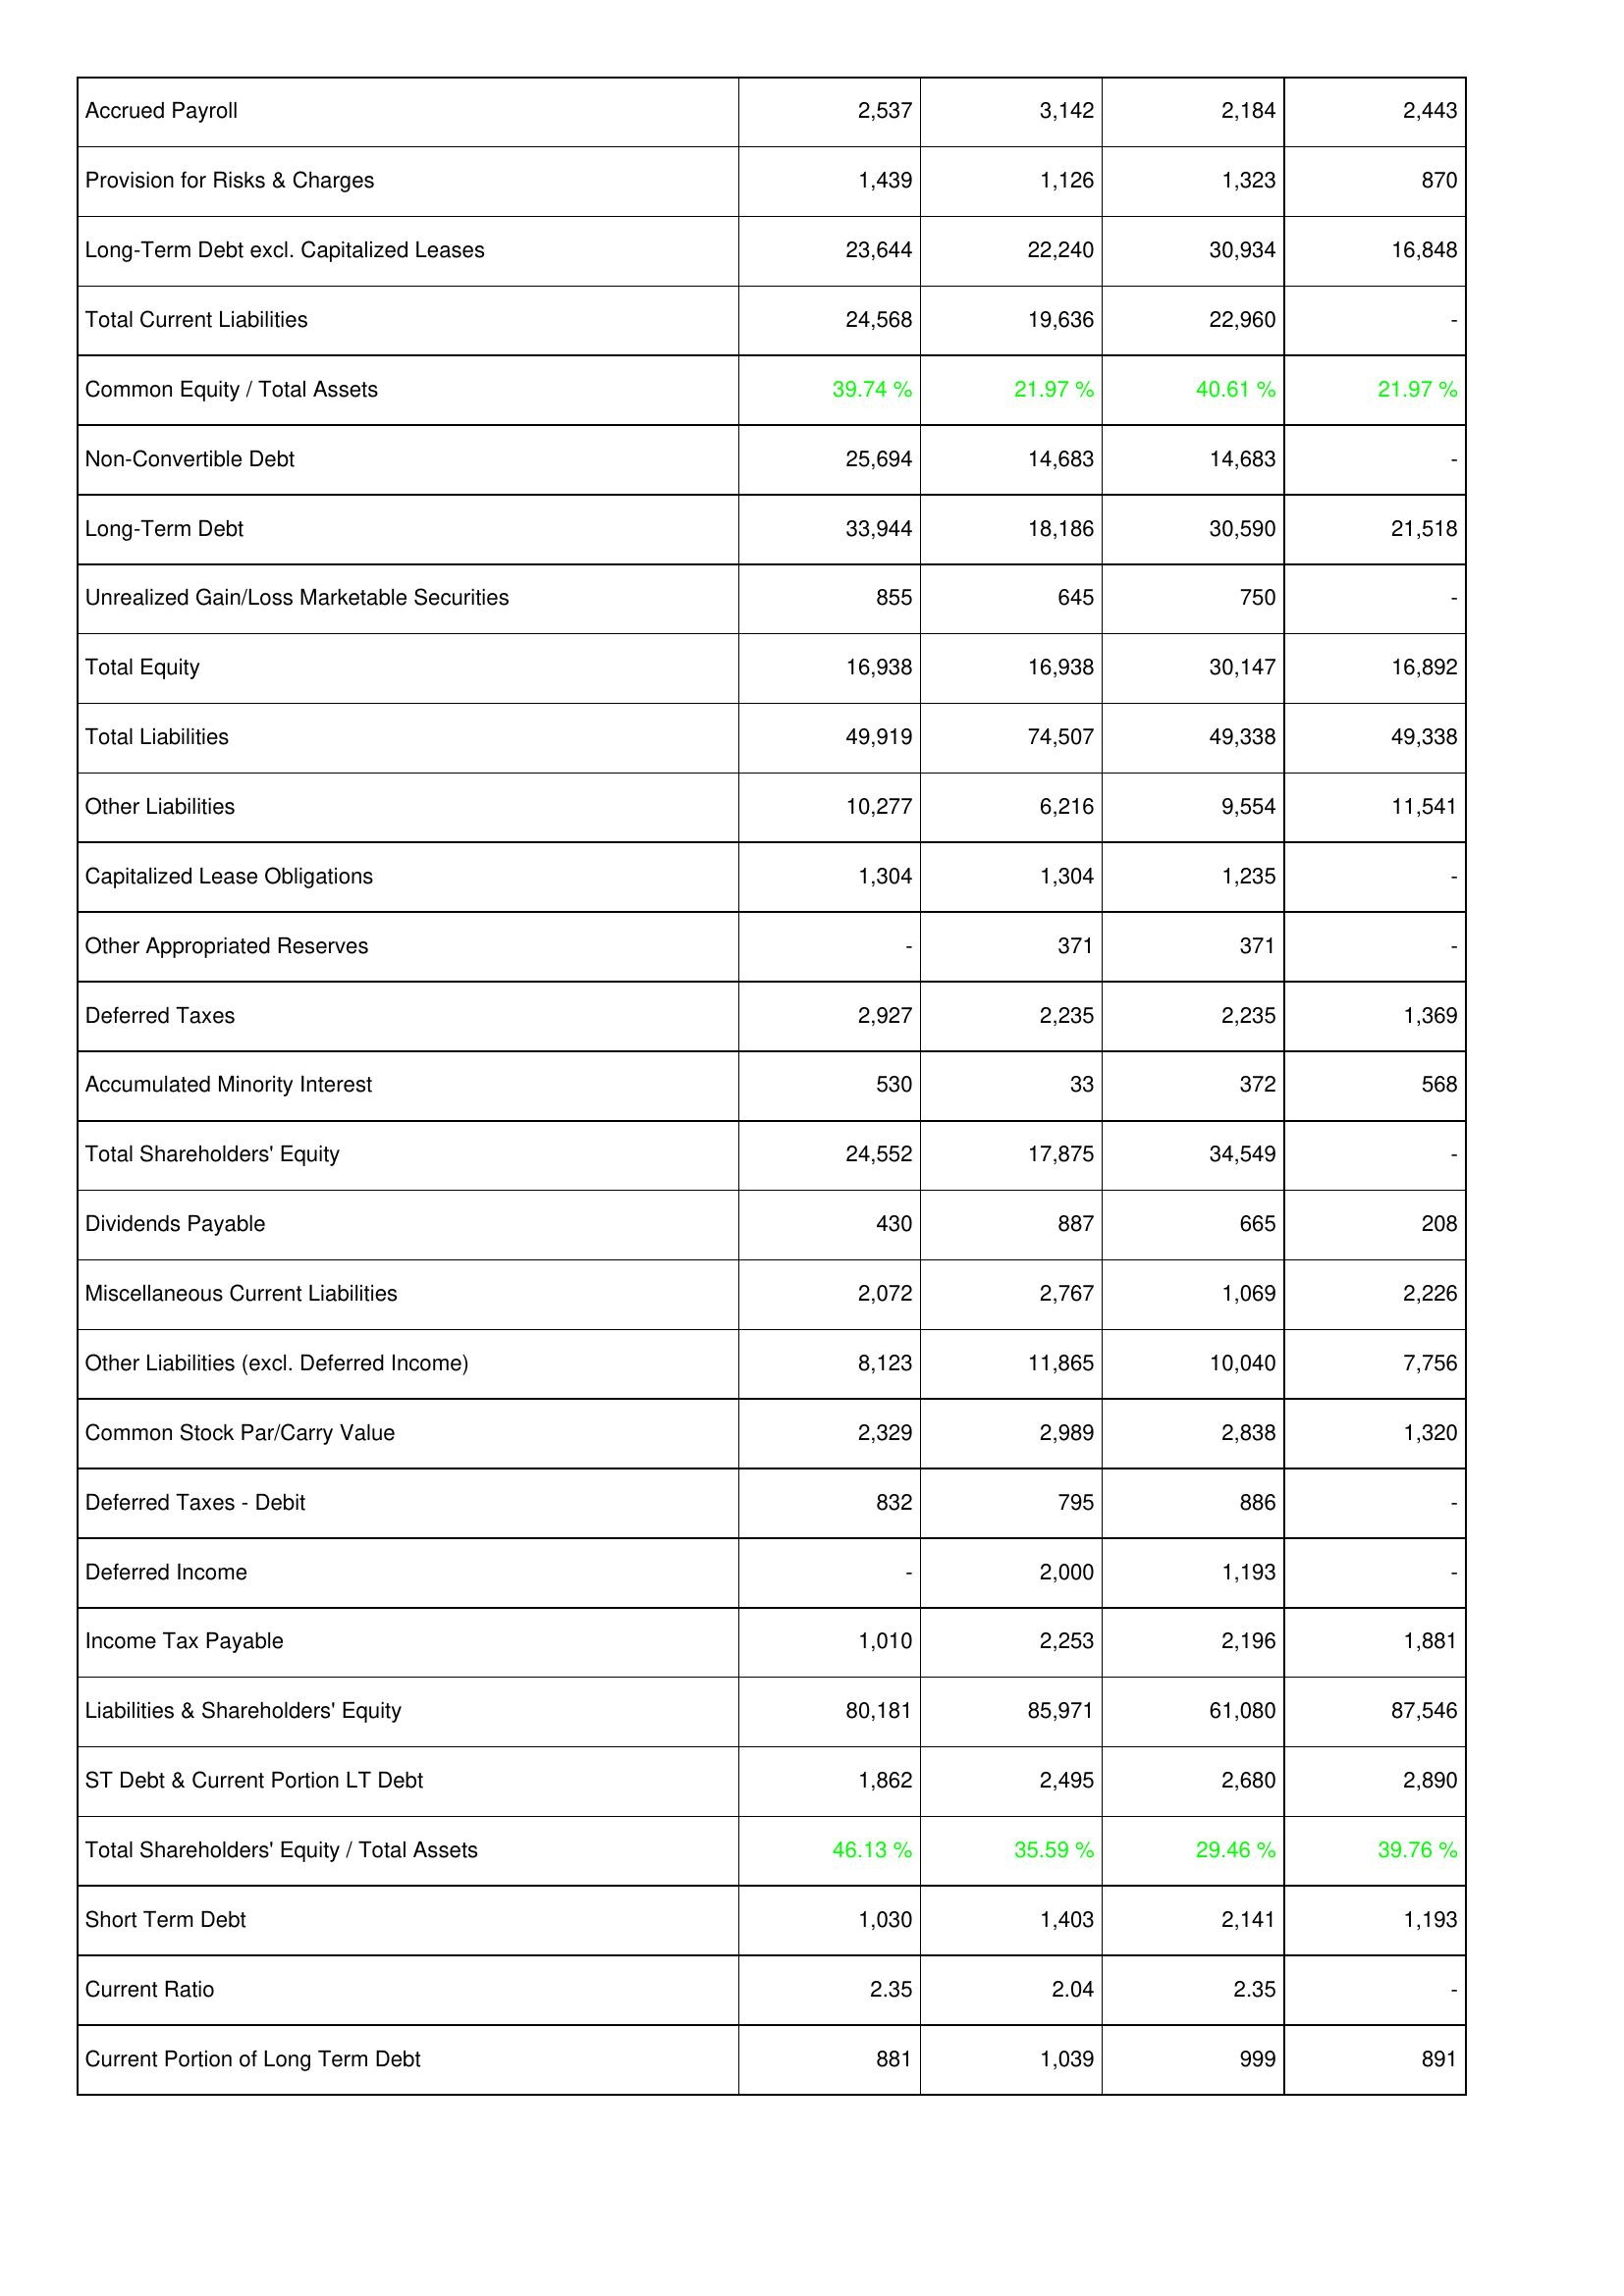
2013: Liabilities & Shareholders' Equity: Accrued Payroll: 2,537
Provision for Risks & Charges: 1,439
Long-Term Debt excl. Capitalized Leases: 23,644
Total Current Liabilities: 24,568
Common Equity / Total Assets: 39.74 %
Non-Convertible Debt: 25,694
Long-Term Debt: 33,944
Unrealized Gain/Loss Marketable Securities: 855
Total Equity: 16,938
Total Liabilities: 49,919
Other Liabilities: 10,277
Capitalized Lease Obligations: 1,304
Other Appropriated Reserves: -
Deferred Taxes: 2,927
Accumulated Minority Interest: 530
Total Shareholders' Equity: 24,552
Dividends Payable: 430
Miscellaneous Current Liabilities: 2,072
Other Liabilities (excl. Deferred Income): 8,123
Common Stock Par/Carry Value: 2,329
Deferred Taxes - Debit: 832
Deferred Income: -
Income Tax Payable: 1,010
Liabilities & Shareholders' Equity: 80,181
ST Debt & Current Portion LT Debt: 1,862
Total Shareholders' Equity / Total Assets: 46.13 %
Short Term Debt: 1,030
Current Ratio: 2.35
Current Portion of Long Term Debt: 881
2014: Liabilities & Shareholders' Equity: Accrued Payroll: 3,142
Provision for Risks & Charges: 1,126
Long-Term Debt excl. Capitalized Leases: 22,240
Total Current Liabilities: 19,636
Common Equity / Total Assets: 21.97 %
Non-Convertible Debt: 14,683
Long-Term Debt: 18,186
Unrealized Gain/Loss Marketable Securities: 645
Total Equity: 16,938
Total Liabilities: 74,507
Other Liabilities: 6,216
Capitalized Lease Obligations: 1,304
Other Appropriated Reserves: 371
Deferred Taxes: 2,235
Accumulated Minority Interest: 33
Total Shareholders' Equity: 17,875
Dividends Payable: 887
Miscellaneous Current Liabilities: 2,767
Other Liabilities (excl. Deferred Income): 11,865
Common Stock Par/Carry Value: 2,989
Deferred Taxes - Debit: 795
Deferred Income: 2,000
Income Tax Payable: 2,253
Liabilities & Shareholders' Equity: 85,971
ST Debt & Current Portion LT Debt: 2,495
Total Shareholders' Equity / Total Assets: 35.59 %
Short Term Debt: 1,403
Current Ratio: 2.04
Current Portion of Long Term Debt: 1,039
2015: Liabilities & Shareholders' Equity: Accrued Payroll: 2,184
Provision for Risks & Charges: 1,323
Long-Term Debt excl. Capitalized Leases: 30,934
Total Current Liabilities: 22,960
Common Equity / Total Assets: 40.61 %
Non-Convertible Debt: 14,683
Long-Term Debt: 30,590
Unrealized Gain/Loss Marketable Securities: 750
Total Equity: 30,147
Total Liabilities: 49,338
Other Liabilities: 9,554
Capitalized Lease Obligations: 1,235
Other Appropriated Reserves: 371
Deferred Taxes: 2,235
Accumulated Minority Interest: 372
Total Shareholders' Equity: 34,549
Dividends Payable: 665
Miscellaneous Current Liabilities: 1,069
Other Liabilities (excl. Deferred Income): 10,040
Common Stock Par/Carry Value: 2,838
Deferred Taxes - Debit: 886
Deferred Income: 1,193
Income Tax Payable: 2,196
Liabilities & Shareholders' Equity: 61,080
ST Debt & Current Portion LT Debt: 2,680
Total Shareholders' Equity / Total Assets: 29.46 %
Short Term Debt: 2,141
Current Ratio: 2.35
Current Portion of Long Term Debt: 999
2016: Liabilities & Shareholders' Equity: Accrued Payroll: 2,443
Provision for Risks & Charges: 870
Long-Term Debt excl. Capitalized Leases: 16,848
Total Current Liabilities: -
Common Equity / Total Assets: 21.97 %
Non-Convertible Debt: -
Long-Term Debt: 21,518
Unrealized Gain/Loss Marketable Securities: -
Total Equity: 16,892
Total Liabilities: 49,338
Other Liabilities: 11,541
Capitalized Lease Obligations: -
Other Appropriated Reserves: -
Deferred Taxes: 1,369
Accumulated Minority Interest: 568
Total Shareholders' Equity: -
Dividends Payable: 208
Miscellaneous Current Liabilities: 2,226
Other Liabilities (excl. Deferred Income): 7,756
Common Stock Par/Carry Value: 1,320
Deferred Taxes - Debit: -
Deferred Income: -
Income Tax Payable: 1,881
Liabilities & Shareholders' Equity: 87,546
ST Debt & Current Portion LT Debt: 2,890
Total Shareholders' Equity / Total Assets: 39.76 %
Short Term Debt: 1,193
Current Ratio: -
Current Portion of Long Term Debt: 891